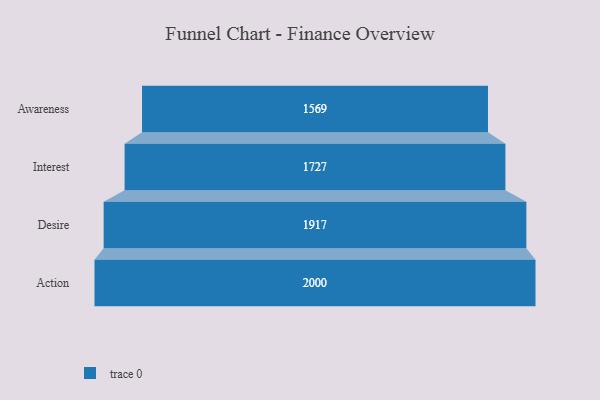
{"axis": {"x": "Stage", "y": "Value"}, "legend": [""], "data": [{"x": "Awareness", "y": 1569.0, "type": ""}, {"x": "Interest", "y": 1727.0, "type": ""}, {"x": "Desire", "y": 1917.0, "type": ""}, {"x": "Action", "y": 2000, "type": ""}]}